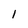
Character: 1